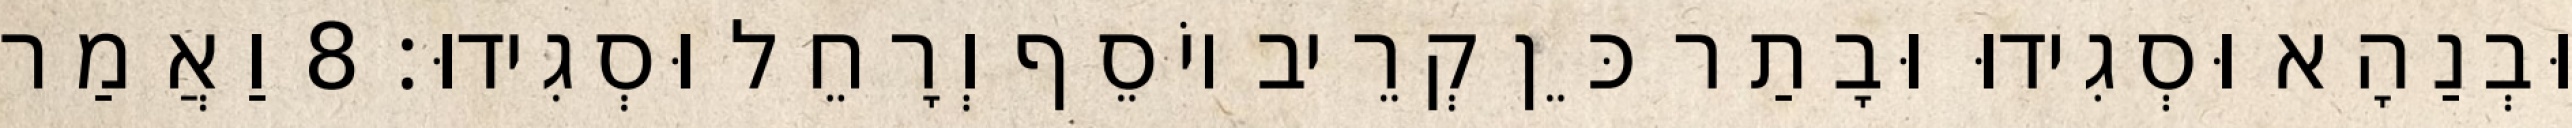
וּבְנַהָא וּסְגִידוּ וּבָתַר כֵּן קְרֵיב יוֹסֵף וְרָחֵל וּסְגִידוּ׃ 8 וַאֲמַר